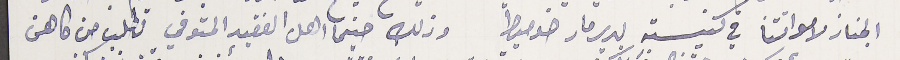
الجناز لامواتنا في كنيسته بدير مار ضوميط وذلك حينما اهل الفقيد المتوفي تطلب من كاهن